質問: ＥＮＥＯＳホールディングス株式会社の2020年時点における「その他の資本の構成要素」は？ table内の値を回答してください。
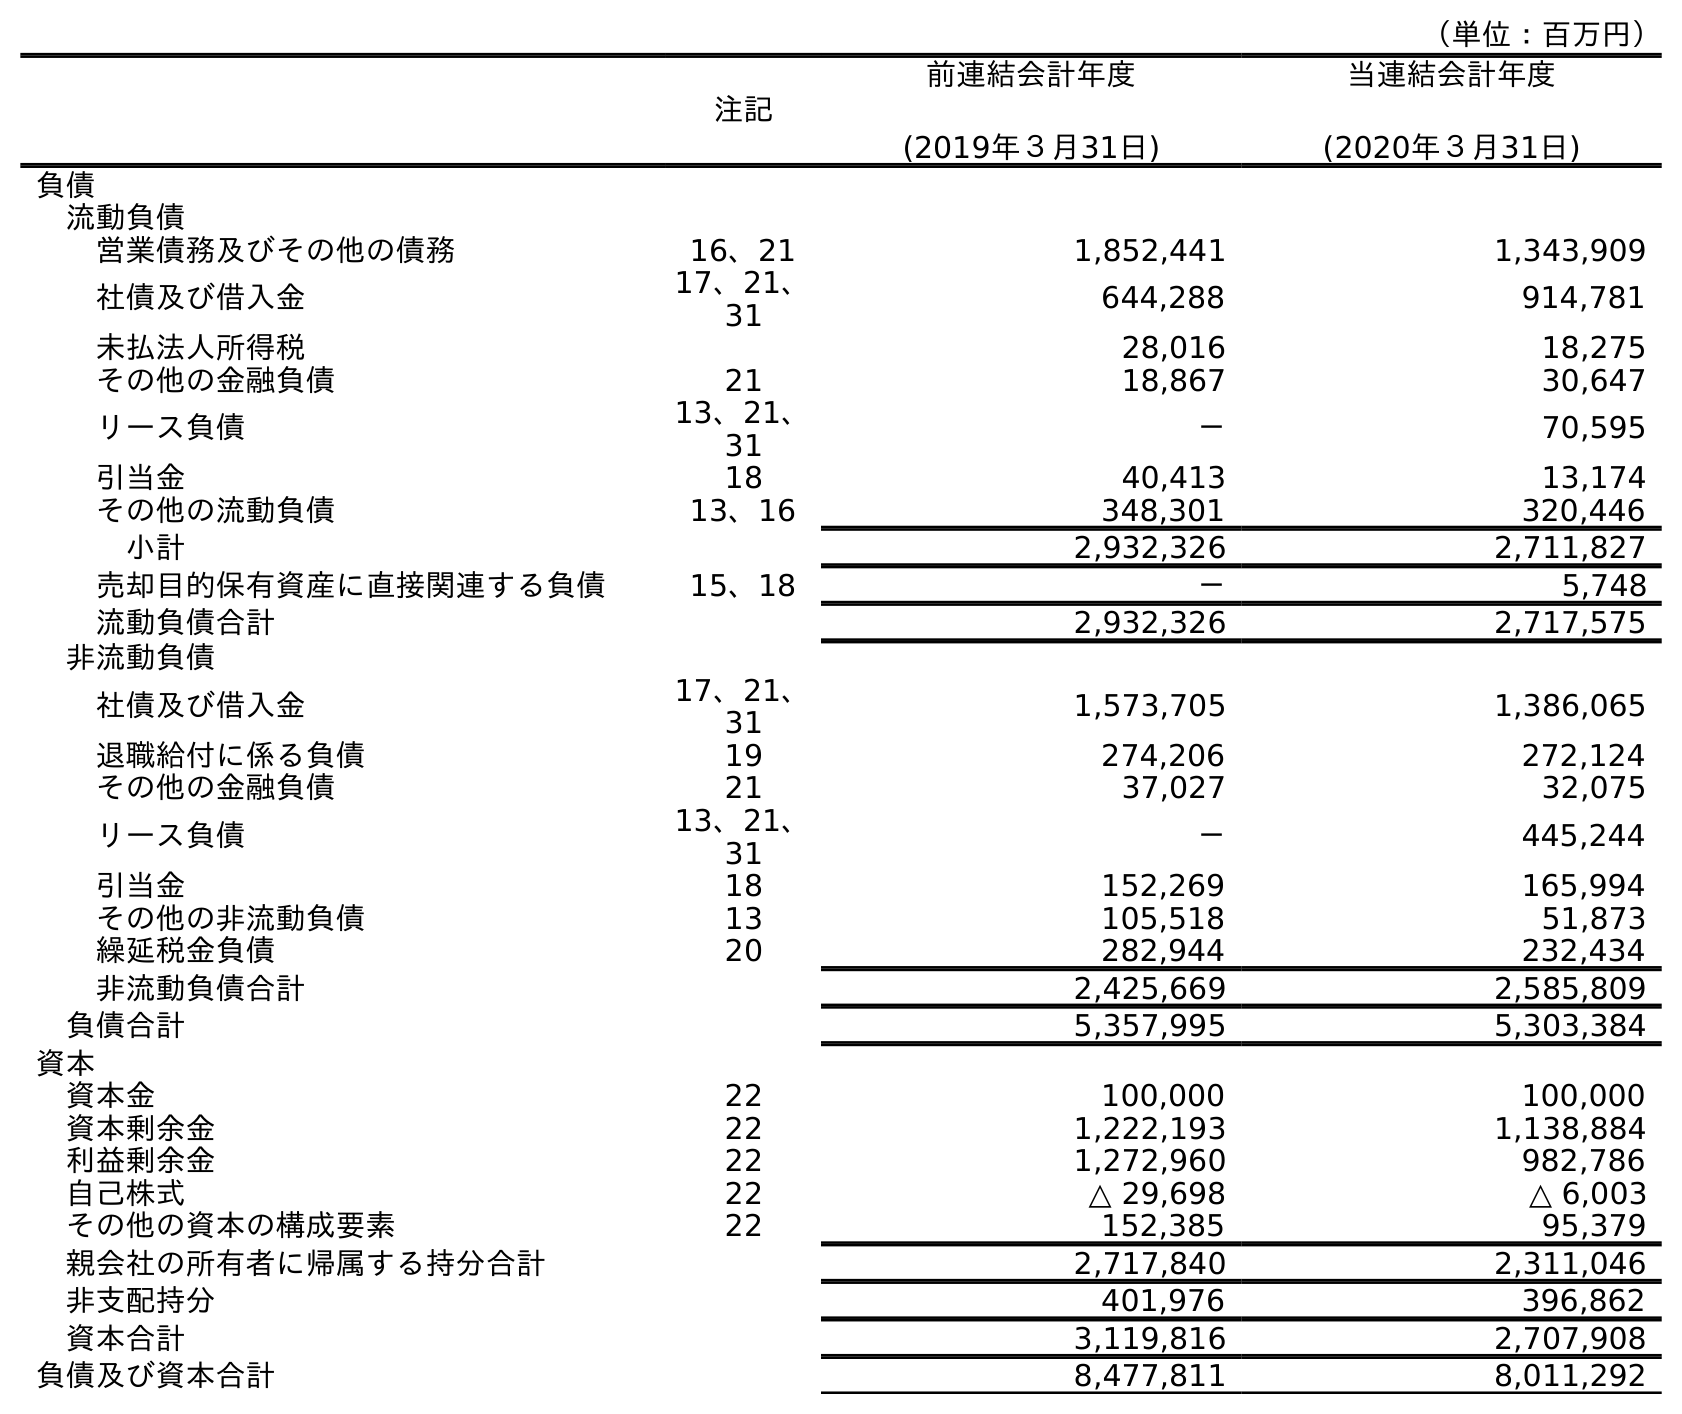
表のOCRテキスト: （単位：百万円） 注記 前連結会計年度 (2019年３月31日) 当連結会計年度 (2020年３月31日) 負債 流動負債 営業債務及びその他の債務 16、21 1,852,441 1,343,909 社債及び借入金 17、21、 31 644,288 914,781 未払法人所得税 28,016 18,275 その他の金融負債 21 18,867 30,647 リース負債 13、21、 31 － 70,595 引当金 18 40,413 13,174 その他の流動負債 13、16 348,301 320,446 小計 2,932,326 2,711,827 売却目的保有資産に直接関連する負債 15、18 － 5,748 流動負債合計 2,932,326 2,717,575 非流動負債 社債及び借入金 17、21、 31 1,573,705 1,386,065 退職給付に係る負債 19 274,206 272,124 その他の金融負債 21 37,027 32,075 リース負債 13、21、 31 － 445,244 引当金 18 152,269 165,994 その他の非流動負債 13 105,518 51,873 繰延税金負債 20 282,944 232,434 非流動負債合計 2,425,669 2,585,809 負債合計 5,357,995 5,303,384 資本 資本金 22 100,000 100,000 資本剰余金 22 1,222,193 1,138,884 利益剰余金 22 1,272,960 982,786 自己株式 22 △ 29,698 △ 6,003 その他の資本の構成要素 22 152,385 95,379 親会社の所有者に帰属する持分合計 2,717,840 2,311,046 非支配持分 401,976 396,862 資本合計 3,119,816 2,707,908 負債及び資本合計 8,477,811 8,011,292
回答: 95,379